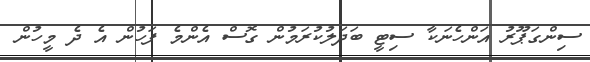
ސިންގަޕޫރު އަންހެނަކާ ސިޓީ ބަދަލުކުރަމުން ގޮސް އެންމެ ފަހުން އެ ދެ މީހުން